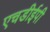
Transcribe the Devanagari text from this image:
एचडीईपी